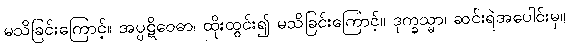
မသိခြင်းကြောင့်။ အပ္ပဋိဝေဓာ၊ ထိုးထွင်း၍ မသိခြင်းကြောင့်။ ဒုက္ခသ္မာ၊ ဆင်းရဲအပေါင်းမှ။